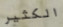
الكثير